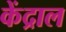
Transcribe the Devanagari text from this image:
केंद्राल